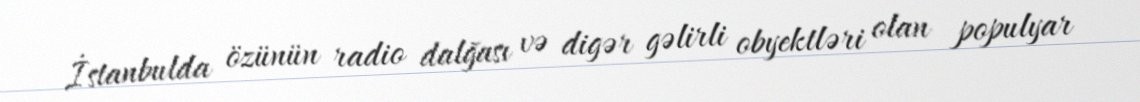
İstanbulda özünün radio dalğası və digər gəlirli obyektləri olan populyar